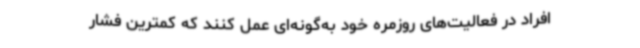
افراد در فعالیت‌های روزمره خود به‌گونه‌ای عمل کنند که کمترین فشار